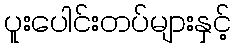
ပူးပေါင်းတပ်များနှင့်